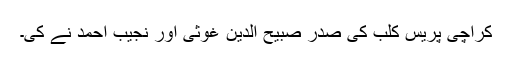
کراچی پریس کلب کی صدر صبیح الدین غوثی اور نجیب احمد نے کی۔